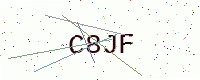
Text: C8JF